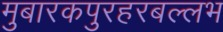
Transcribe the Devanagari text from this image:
मुबारकपुरहरबल्लभ